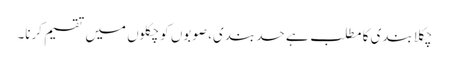
چکلا بندی کا مطلب ہے حد بندی، صوبوں کو چکلوں میں تقسیم کرنا۔